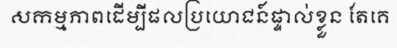
សកម្មភាពដើម្បីផលប្រយោជន៍ផ្ទាល់ខ្លួន តែគេ